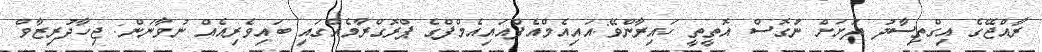
ރާއްޖޭގެ އިގްތިސާދު ދަށަށް ނުގޮސް އޮތީތީ ހައިރާންވޭ:އައިއެމްއެފްއައިއެމްފްގެ ޕްރޮގްރާމެއްގައި ބައިވެރިއެއް ނުވާނަން: ޖިހާދުރިޒާވް